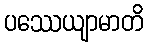
ပဿေယျာမာတိ